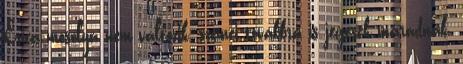
Erica mosolya nem változik, szemei továbbra is jegesek maradnak,